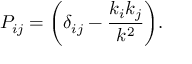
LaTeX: P _ { i j } = \biggl ( \delta _ { i j } - \frac { k _ { i } k _ { j } } { k ^ { 2 } } \biggr ) .